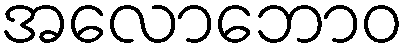
အလောဘောဝ